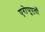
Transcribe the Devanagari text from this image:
एरोपुएर्तो